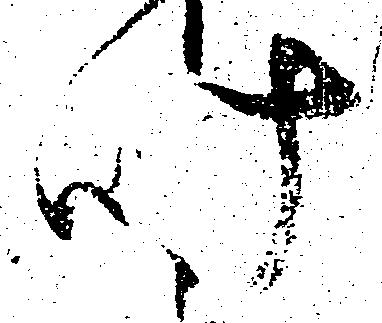
叶